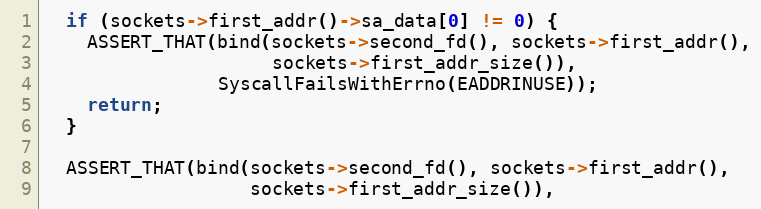
Language: C++
  if (sockets->first_addr()->sa_data[0] != 0) {
    ASSERT_THAT(bind(sockets->second_fd(), sockets->first_addr(),
                     sockets->first_addr_size()),
                SyscallFailsWithErrno(EADDRINUSE));
    return;
  }

  ASSERT_THAT(bind(sockets->second_fd(), sockets->first_addr(),
                   sockets->first_addr_size()),